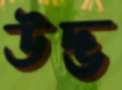
উদ্ভ